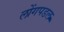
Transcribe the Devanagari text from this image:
लोंगपडल